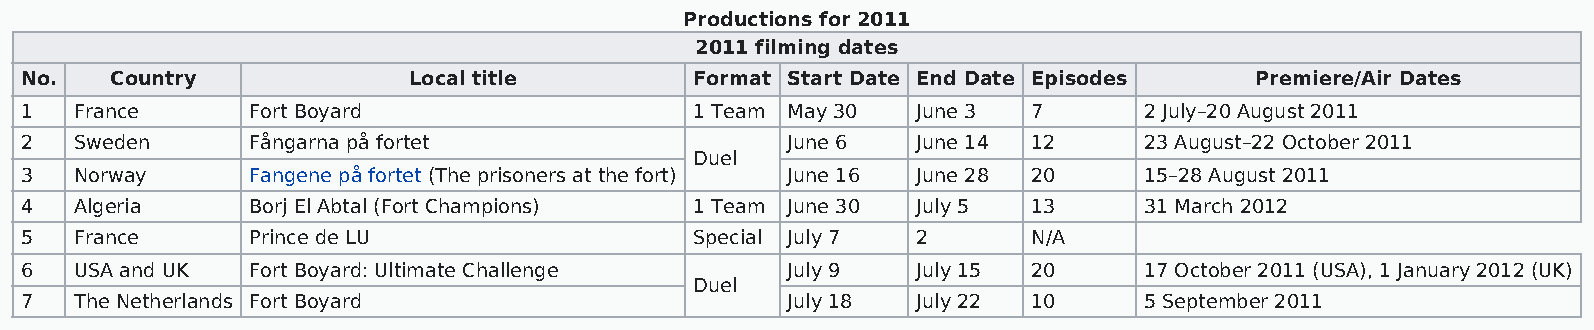
Productions for 2011
 2011 filming dates
 No.   Country             Local title        Format Start Date End Date Episodes  Premiere/Air Dates
 1   France      Fort Boyard                  1 Team May 30  June 3 7       2 July–20 August 2011
 2   Sweden      Fångarna på fortet                 June 6   June 14 12     23 August–22 October 2011
 Duel
 3   Norway      Fangene på fortet (The prisoners at the fort) June 16 June 28 20 15–28 August 2011
 4   Algeria     Borj El Abtal (Fort Champions) 1 Team June 30 July 5 13    31 March 2012
 5   France      Prince de LU                 Special July 7 2      N/A
 6   USA and UK  Fort Boyard: Ultimate Challenge    July 9   July 15 20     17 October 2011 (USA), 1 January 2012 (UK)
 Duel
 7   The Netherlands Fort Boyard                    July 18  July 22 10     5 September 2011